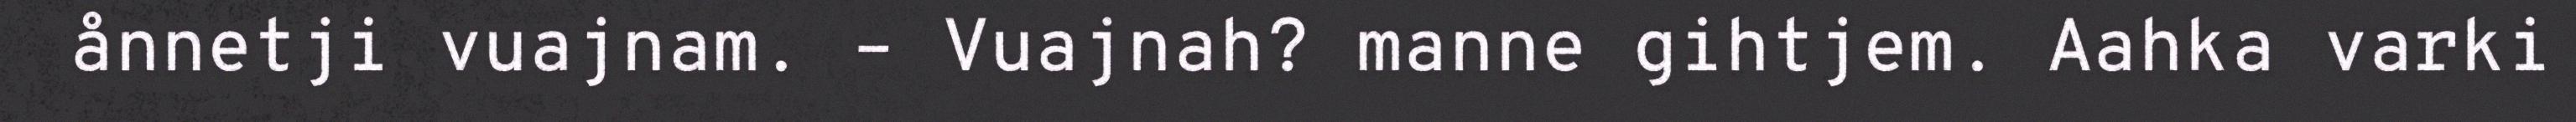
ånnetji vuajnam. – Vuajnah? manne gihtjem. Aahka varki